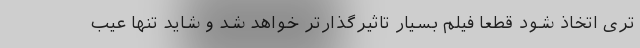
تری اتخاذ شود قطعا فیلم بسیار تاثیرگذارتر خواهد شد و شاید تنها عیب